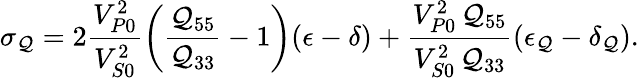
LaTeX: \sigma_{\mathcal{Q}}=2\frac{{V_{P0}^{2}}}{{V_{S0}^{2}}}\left(\frac{{\mathcal{Q}_{55}}}{{\mathcal{Q}_{33}}}-1\right)(\epsilon-\delta)+\frac{{V_{P0}^{2}\, \mathcal{Q}_{55}}}{{V_{S0}^{2}\, \mathcal{Q}_{33}}}(\epsilon_{\mathcal{Q}}-\delta_{\mathcal{Q}}).